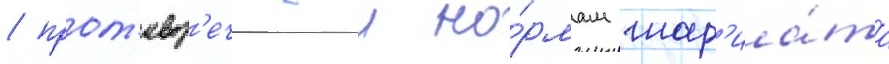
/ прот'ивор'ечащии но́рмам шар'иа́та